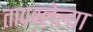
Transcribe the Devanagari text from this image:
तापवलेल्या